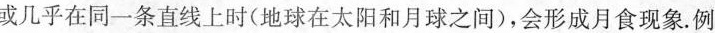
或几乎在同一条直线上时(地球在太阳和月球之间)，会形成月食现象。例